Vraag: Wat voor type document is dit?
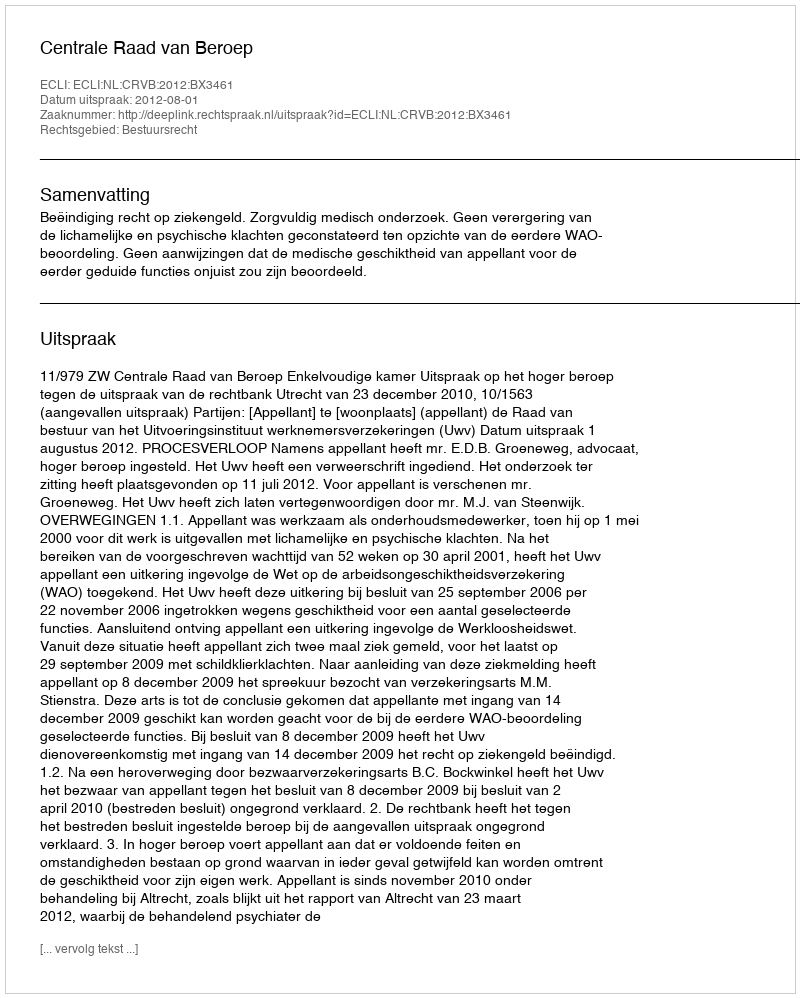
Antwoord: Uitspraak